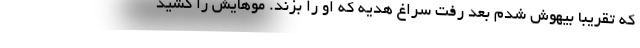
که تقریباً بیهوش شدم بعد رفت سراغ هدیه که او را بزند. موهایش را کشید